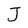
Character: J